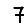
Digit: 7